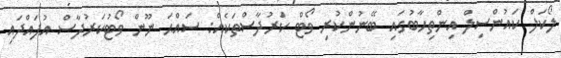
ލޯކަލް ކައުންސިލް އިންތިހާބުގައި ބޭނުންކުރި ވޯޓް ކަރުދާސްތަކެއް: ސައްޙަ ނޫން ވޯޓުކަރުދާސް އުފައްދައި